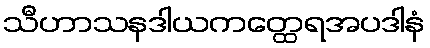
သီဟာသနဒါယကတ္ထေရအပဒါနံ